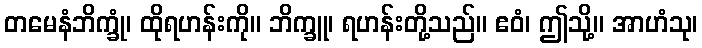
တမေနံဘိက္ခုံ၊ ထိုရဟန်းကို။ ဘိက္ခူ၊ ရဟန်းတို့သည်။ ဧဝံ၊ ဤသို့။ အာဟံသု၊